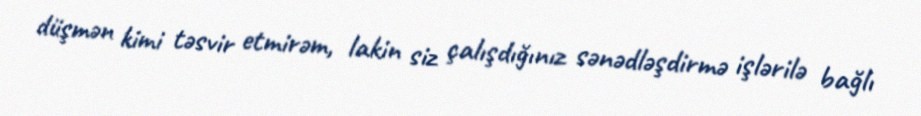
düşmən kimi təsvir etmirəm, lakin siz çalışdığınız sənədləşdirmə işlərilə bağlı